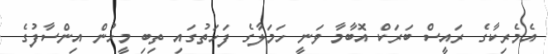
އެމެރިކާގެ ރައީސް ބަރަކް އޮބާމާ ވަނީ ހަމަލާގެ ފަހަތުގައި ތިބި މީހުން އިންސާފުގެ